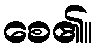
စေ၏။